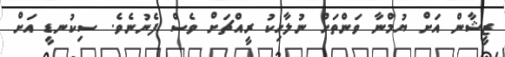
ޒީޝާން އަށް ޔުމްނާ ވަންތަށް ނުލާހިކު ރީއްޗަށް ވެސް ފެނުނެވެ. ސިކުނޑީ އަށް